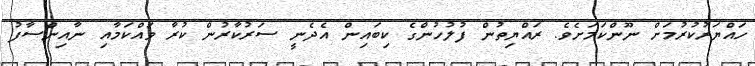
ހައްޔަރުކުރުމަށް ނޫންކަމަށެވެ. ރައްޔިތުން ފުލުހުންގެ ކިބައިން އެދެނީ ސަރުކާރުން ކުރާ ވައްކަމާއި ނާއިންސާފު